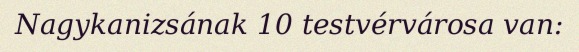
Nagykanizsának 10 testvérvárosa van: